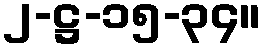
၂-ဋ္ဌ-၁၅-၃၄။